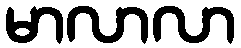
မာလာလာ